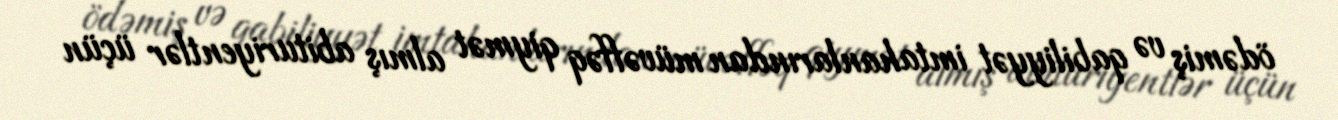
ödəmiş və qabiliyyət imtahanlarından müvəffəq qiymət almış abituriyentlər üçün